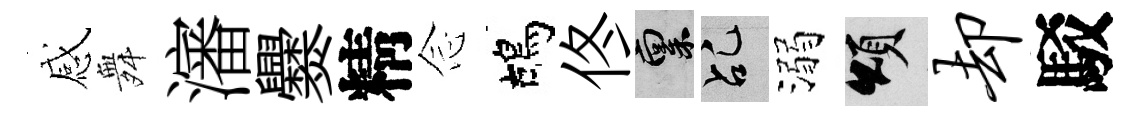
感舞瀋爨精𫝹鴣佟禀乩溺頌却駁